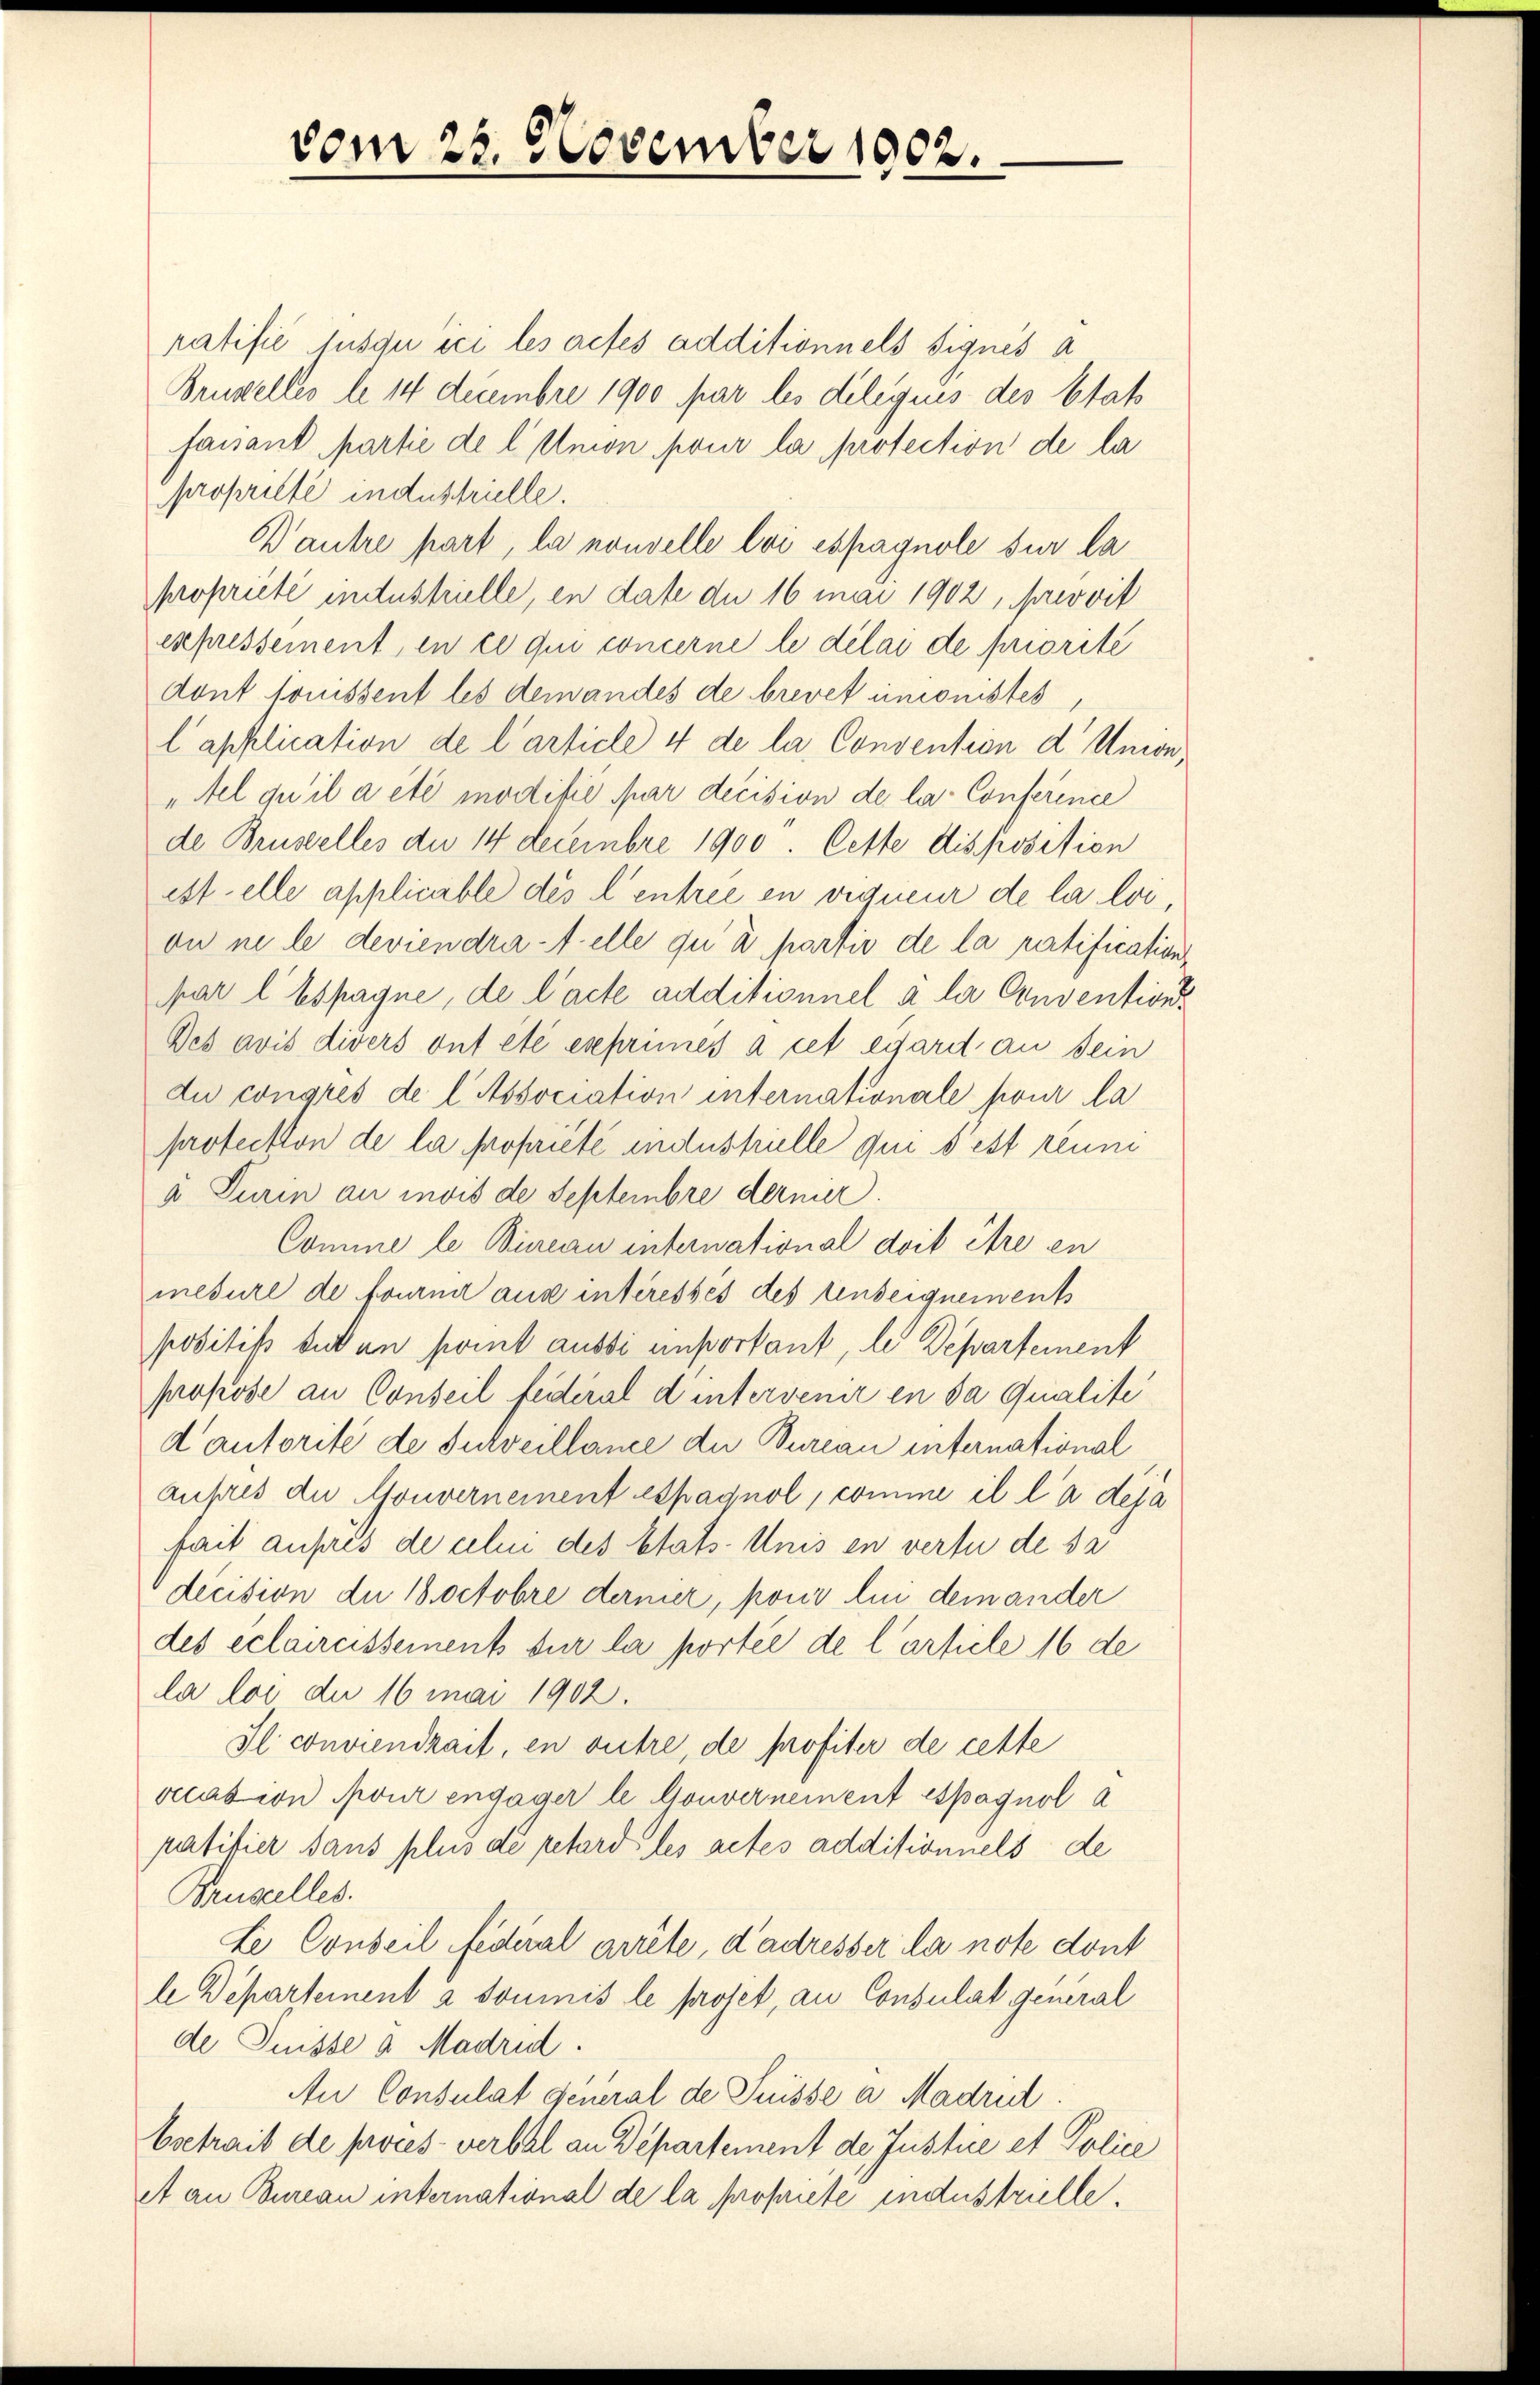
vom 22. November 1902.

ratifié jusqu ici les actes additionnels signis a
Brustelles le 14 Decembre 1900 par les deliquis des Stat
faisant partie de l Union pour la protection de la
profilte induschulle.
Wautre part, la nouvelle loi espagnole sur la
propriété industrielle, en date du 16 mai 1902, provvit
expressement, en ce qui concerne le délai de priorité
dont tomissent les demandes de brevet eimonistes
l application de l’article 4 de la Convention d' Union,
"Ael qu’il a été modifié par decision de la Conferince
de Brustelles der 14 Decembre 1900. Cette disposition
estelle applicable des l’entree in vigueur de la loi,
on ne le deviendratelle qui a partir de la ratification
par l’ Espagne, de l’acte additionnel a la Convention
Des avis divers ont été eseprunes à cet égard an sein
du congres de l Association internationale pour la
protection de la propriété indeschielle qui s’est réuni
a Turin an invis de Septembre dernier.
Comine le Bureau international doit être en
mesure de fourne aus intéressés des tenseignements
positik tut an komt aussi unportant, le Departement
propose an Conseil feidéral d’intervenir en da qualité
dautorité de surveillance de Bureau international
aufres die Mouvernement Espagnol, comme il la deja
fait aufes de celui des Etats Anis en vertu de se
decision du 18 Octobre dernier, pour lui dem ander
des eclaircissements sur la portée de l’article 16 de
la loi du 16 Mai 1902.
Il conviendrait, en outre, de profiter de cette
occasion pour engager le Gouvernement espagnola
patifier sans plus de pretard les actes additionnels de
Brustelles.
Le Conseil fédéral arrete, d’adresser la note dont
le Departement a dominis le proset, an Consulat general
de Puisse a Madrid.
An Consulat general de Puisse a Madrid.
bsetrait de proces-verbal an Departement de Justice et Police
A an Bureau international de la propriete industrielle,